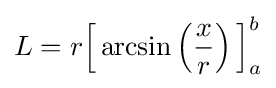
L=r{\Big [}\arcsin \left({\frac {x}{r}}\right){\Big ]}_{a}^{b}